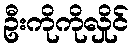
ဦးကိုကိုလှိုင်